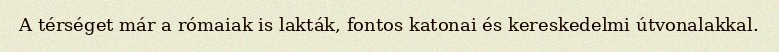
A térséget már a rómaiak is lakták, fontos katonai és kereskedelmi útvonalakkal.